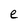
Character: e